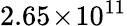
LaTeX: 2.65\! \times\! 10^{11}